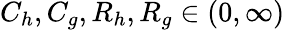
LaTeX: C_{h},C_{g},R_{h},R_{g}\in(0,\infty)